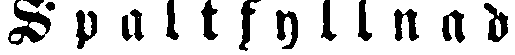
Spaltfyllnad